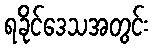
ရခိုင်ဒေသအတွင်း